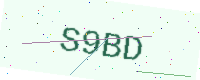
Text: S9BD